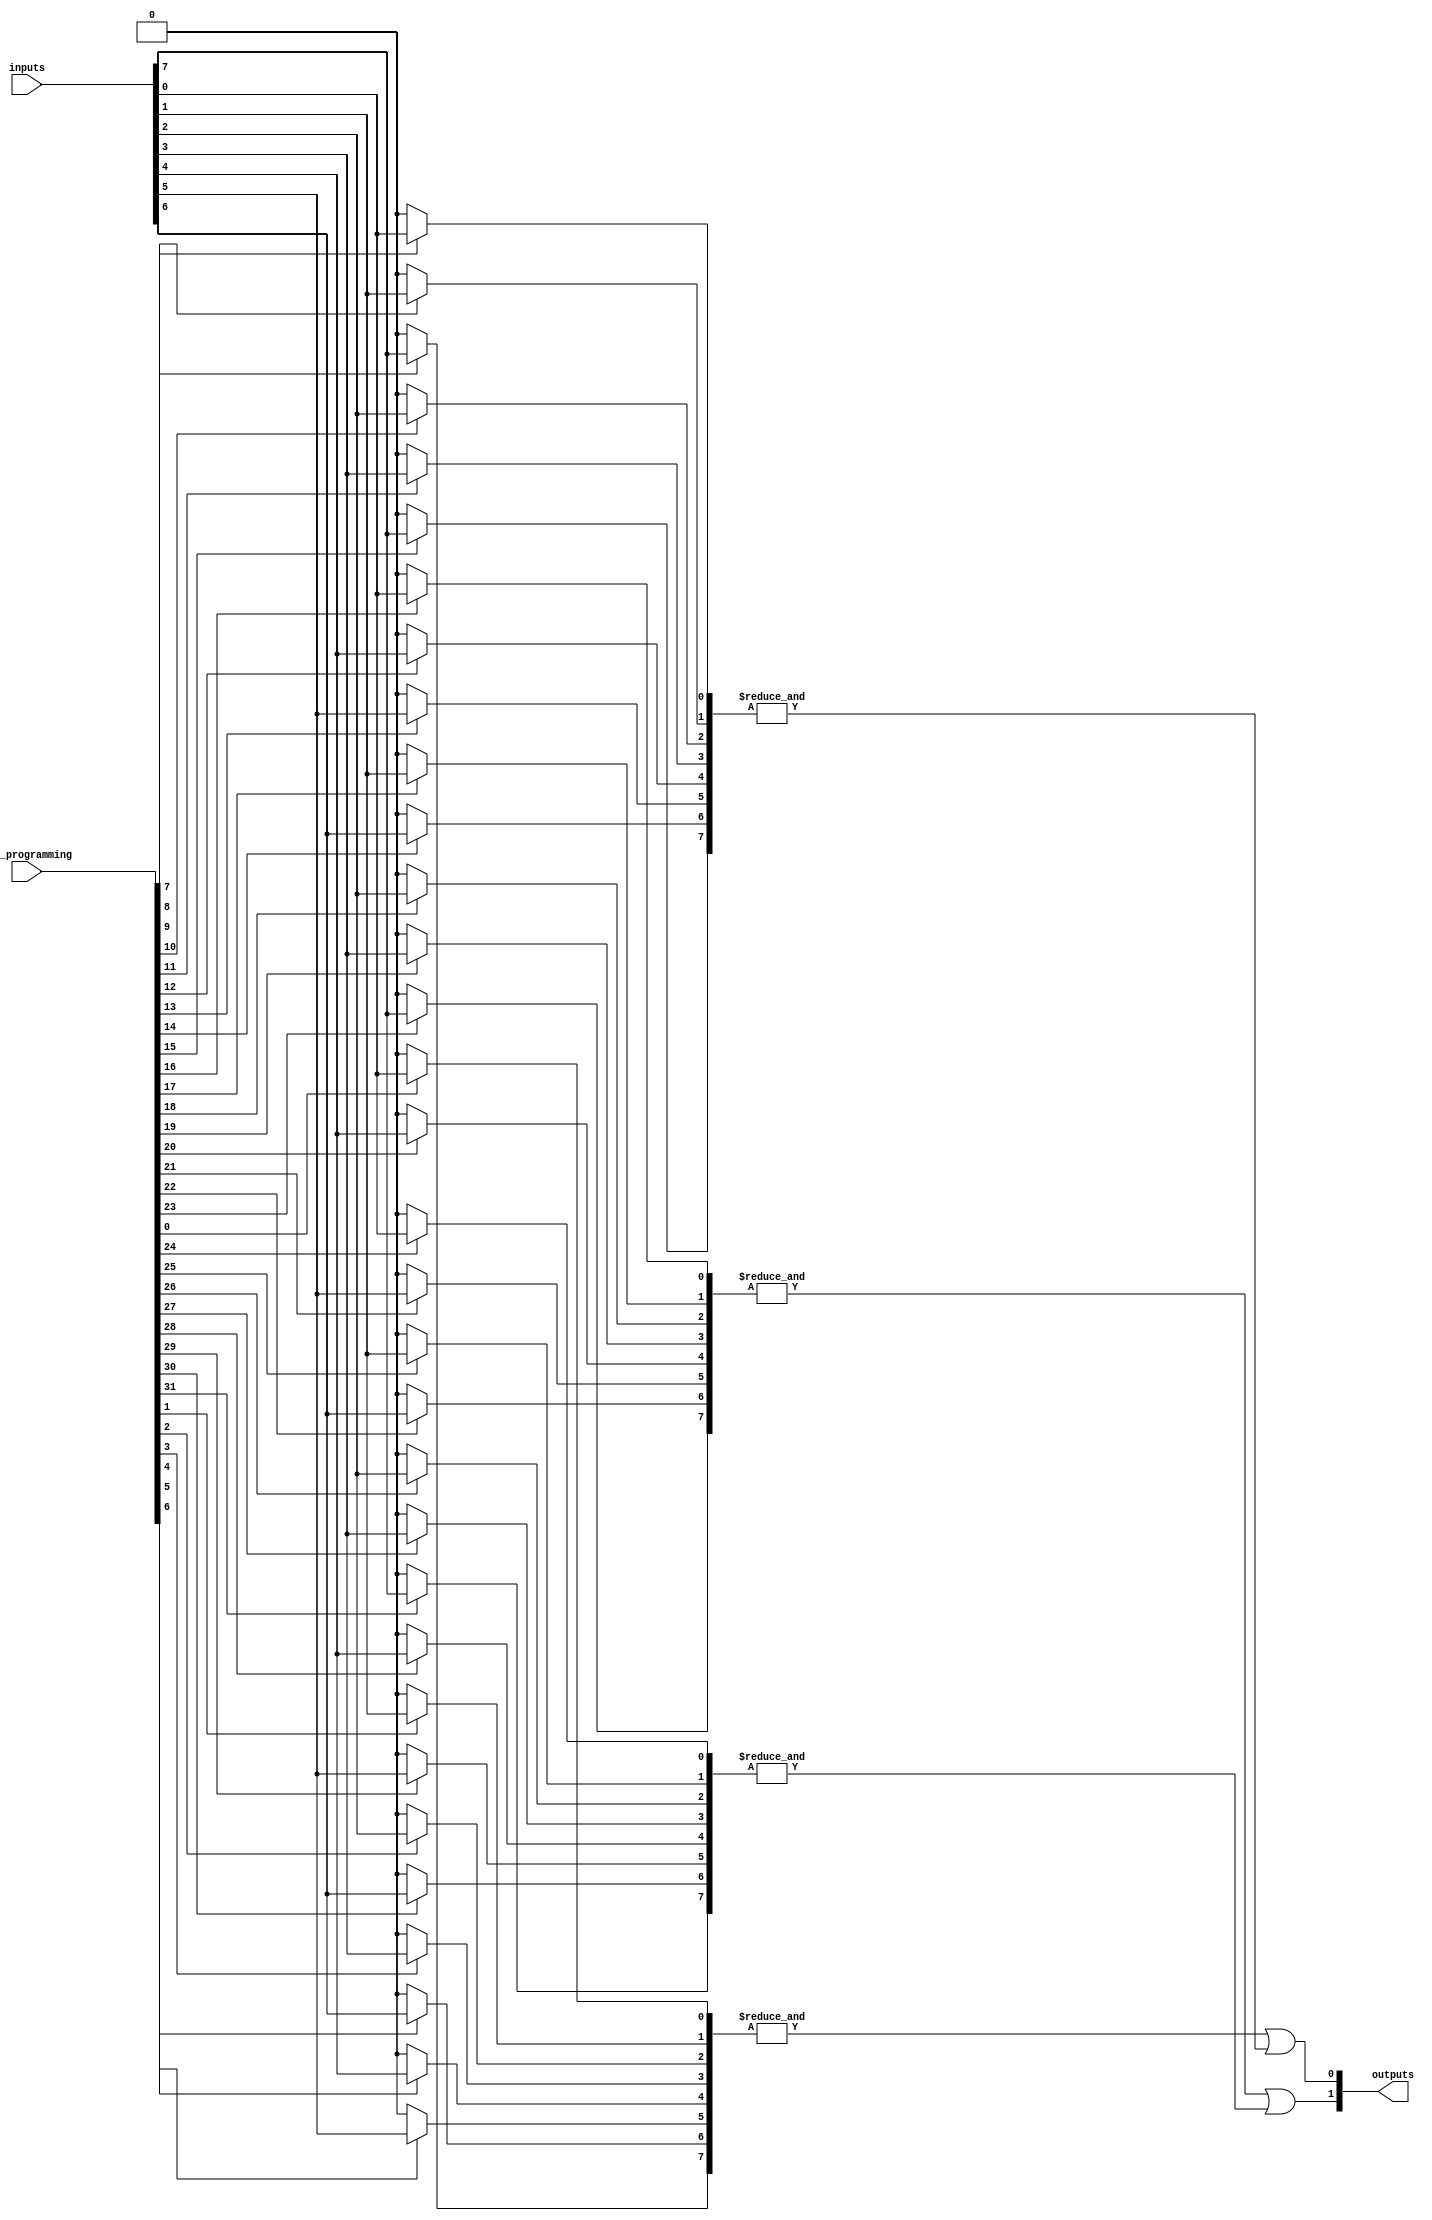
module gpal #(
    parameter NUM_INPUTS = 8, // Number of inputs (A, B, C, ..., N)
    parameter NUM_AND_GATES = 4, // Number of programmable AND gates
    parameter NUM_OR_GATES = 2 // Number of fixed OR gates
)(
    input wire [NUM_INPUTS-1:0] inputs, // Input signals
    input wire [NUM_AND_GATES*NUM_INPUTS-1:0] and_programming, // Programming connections for AND gates
    output wire [NUM_OR_GATES-1:0] outputs // Output signals
);

// Intermediate signals for AND gate outputs
wire [NUM_AND_GATES-1:0] and_outputs;

// Generate programmable AND gates
genvar i, j;
generate
    for (i = 0; i < NUM_AND_GATES; i = i + 1) begin : and_gate
        wire [NUM_INPUTS-1:0] and_inputs;
        
        // Select inputs based on programming
        for (j = 0; j < NUM_INPUTS; j = j + 1) begin : input_select
            assign and_inputs[j] = and_programming[i * NUM_INPUTS + j] ? inputs[j] : 1'b0;
        end
        
        // AND gate operation
        assign and_outputs[i] = &and_inputs; // AND operation (logical AND)
    end
endgenerate

// Fixed OR array (combining outputs of AND gates)
assign outputs[0] = and_outputs[0] | and_outputs[1]; // OR gate 1
assign outputs[1] = and_outputs[2] | and_outputs[3]; // OR gate 2

endmodule